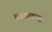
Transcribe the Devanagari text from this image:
ब्राह्मतत्व